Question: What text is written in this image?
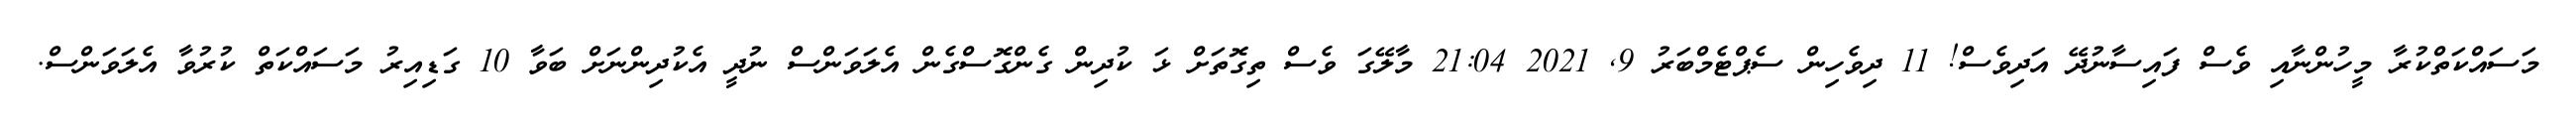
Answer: މަސައްކަތްކުރާ މީހުންނާއި ވެސް ފައިސާނުދޭ އަދިވެސް! 11 ދިވެހިން ސެޕްޓެމްބަރު 9, 2021 21:04 މާލޭގަ ވެސް ތިގޮތަށް ޅަ ކުދިން ގެންގޮސްގެން އެލަވަންސް ނުދީ އެކުދިންނަށް ބަވާ 10 ގަޑިއިރު މަސައްކަތް ކުރުވާ އެލަވަންސް.